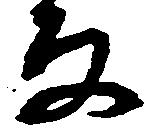
な